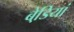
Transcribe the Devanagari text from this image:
बेडि़यां